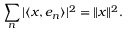
\sum _ { n } | \langle x , e _ { n } \rangle | ^ { 2 } = \| x \| ^ { 2 } .